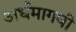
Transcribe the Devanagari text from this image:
अर्धमागघी